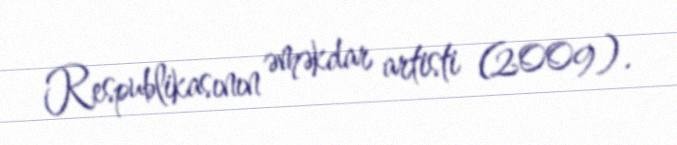
Respublikasının əməkdar artisti (2009).